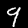
Label: 9